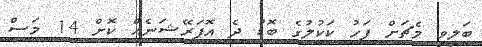
ބަލިވި މެޗަށް ފަހު ކަކުލުގެ ބޮޑު ދެ އޮޕަރޭޝަނެއް ކޮށް 14 މަސް